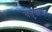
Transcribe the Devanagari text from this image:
चतुर्यांश